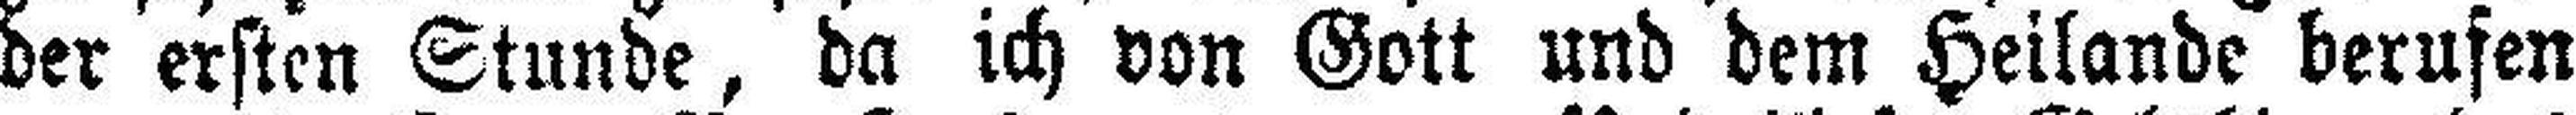
der ersten Stunde, da ich von Gott und dem Heilande berufen